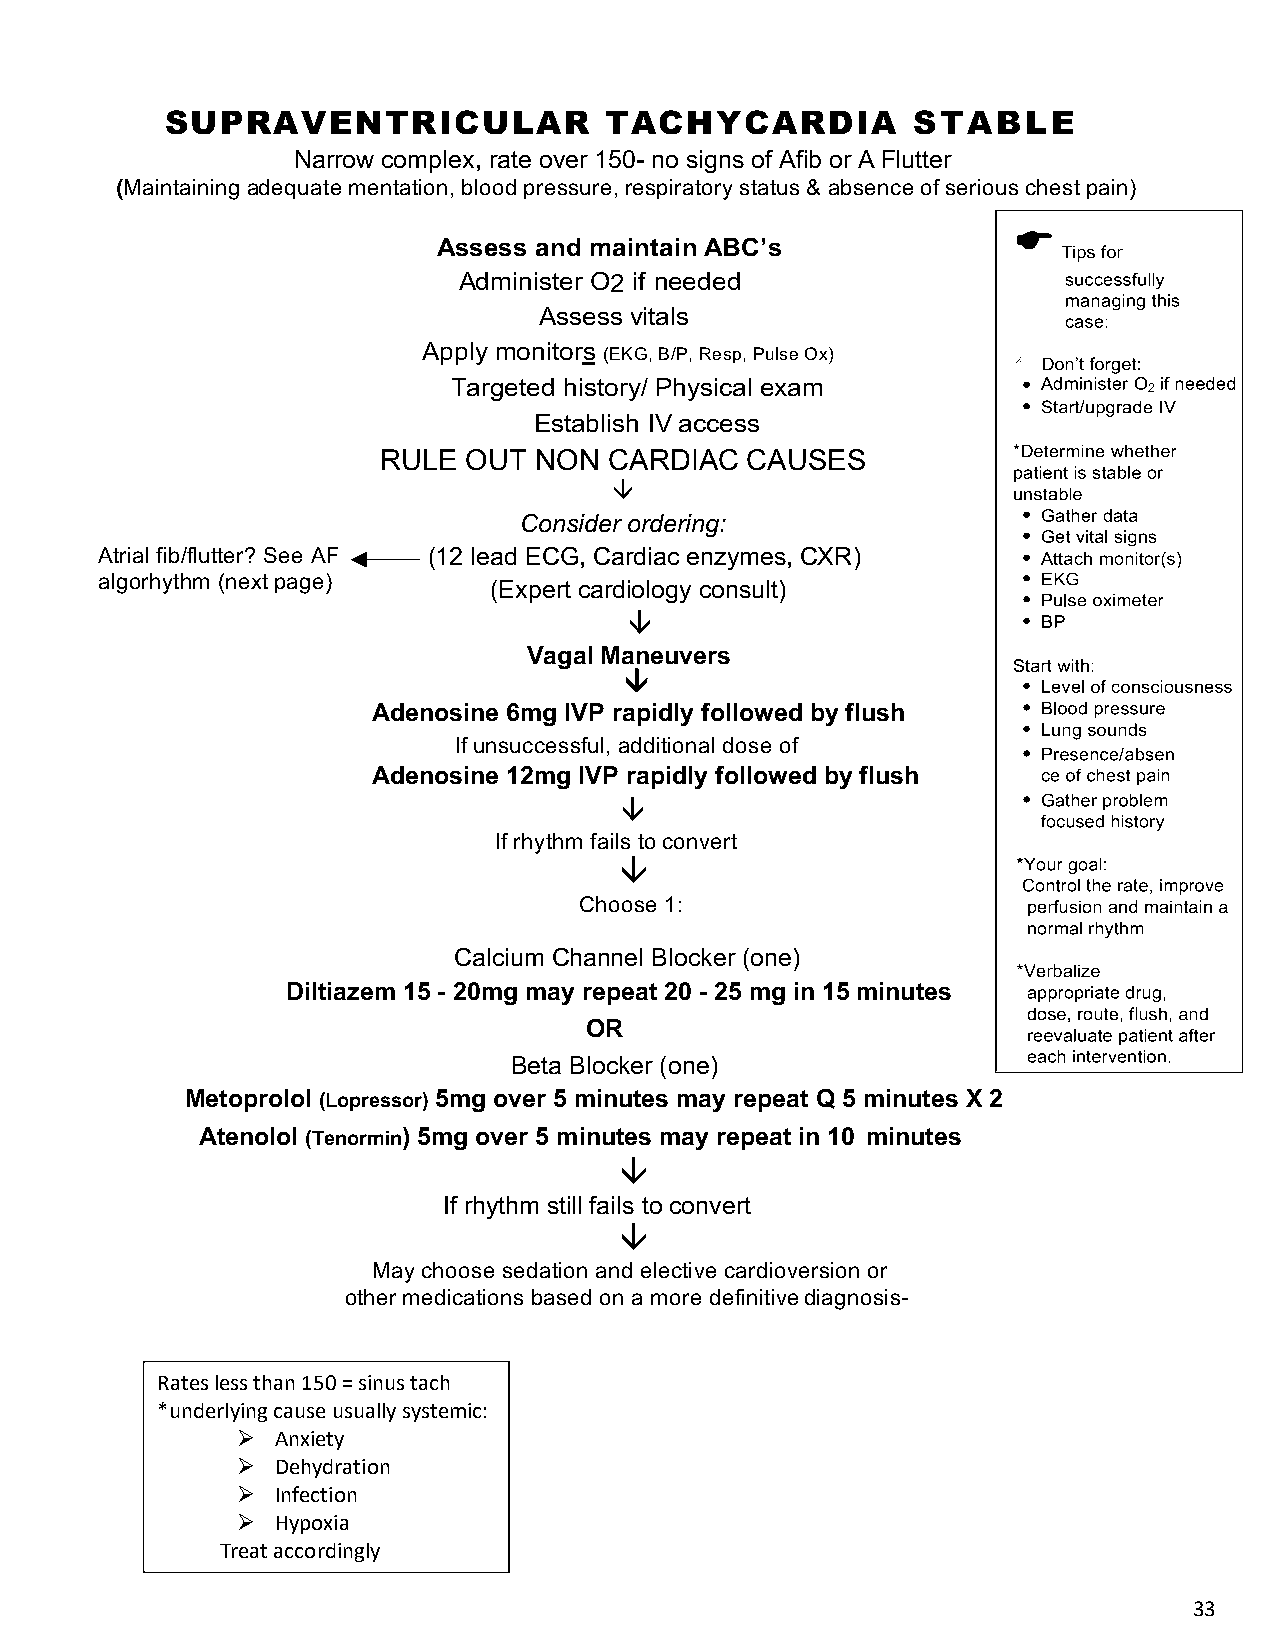
SUPRAVENTRICULAR             TACHYCARDIA         STABLE
 Narrow complex, rate over 150- no signs of Afib or A Flutter
 (Maintaining adequate mentation, blood pressure, respiratory status & absence of serious chest pain)
 Assess and maintain ABC’s
 Administer O2 if needed
 Assess vitals
 Apply monitors (EKG, B/P, Resp, Pulse Ox)
 Targeted history/ Physical exam               2
 Establish IV access
 RULE  OUT NON  CARDIAC  CAUSES
 â
 Consider ordering:
 Atrial fib/flutter? See AF (12 lead ECG, Cardiac enzymes, CXR)
 algorhythm (next page)
 (Expert cardiology consult)
 â
 Vagal Maneuvers
 â
 Adenosine 6mg IVP rapidly followed by flush
 If unsuccessful, additional dose of
 Adenosine 12mg IVP rapidly followed by flush
 â
 If rhythm fails to convert
 â
 Choose 1:
 Calcium Channel Blocker (one)
 Diltiazem 15 - 20mg may repeat 20 - 25 mg in 15 minutes
 OR
 Beta Blocker (one)
 Metoprolol (Lopressor) 5mg over 5 minutes may repeat Q 5 minutes X 2
 Atenolol (Tenormin) 5mg over 5 minutes may repeat in 10 minutes
 â
 If rhythm still fails to convert
 â
 May choose sedation and elective cardioversion or
 other medications based on a more definitive diagnosis-
 Rates less than 150 = sinus tach
 *underlying cause usually systemic:
 Ø Anxiety
 Ø Dehydration
 Ø Infection
 Ø Hypoxia
 Treat accordingly
 33